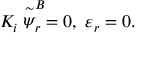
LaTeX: K _ { i } \stackrel { \sim } { \psi } _ { r } ^ { B } = 0 , ~ \varepsilon _ { r } = 0 .